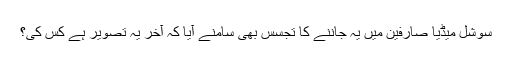
سوشل میڈیا صارفین میں یہ جاننے کا تجسس بھی سامنے آیا کہ آخر یہ تصویر ہے کس کی؟